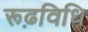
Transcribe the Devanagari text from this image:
रूढ़विधि